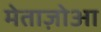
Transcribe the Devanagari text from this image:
मेताज़ोआ